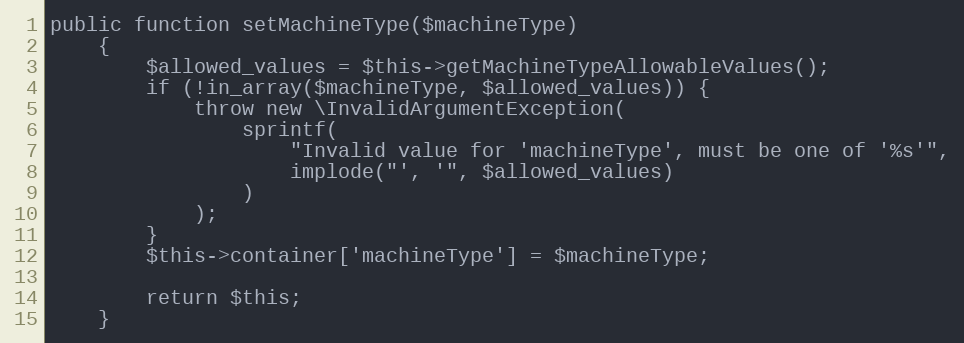
Language: PHP
public function setMachineType($machineType)
    {
        $allowed_values = $this->getMachineTypeAllowableValues();
        if (!in_array($machineType, $allowed_values)) {
            throw new \InvalidArgumentException(
                sprintf(
                    "Invalid value for 'machineType', must be one of '%s'",
                    implode("', '", $allowed_values)
                )
            );
        }
        $this->container['machineType'] = $machineType;

        return $this;
    }